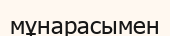
мұнарасымен